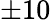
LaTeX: \pm 10